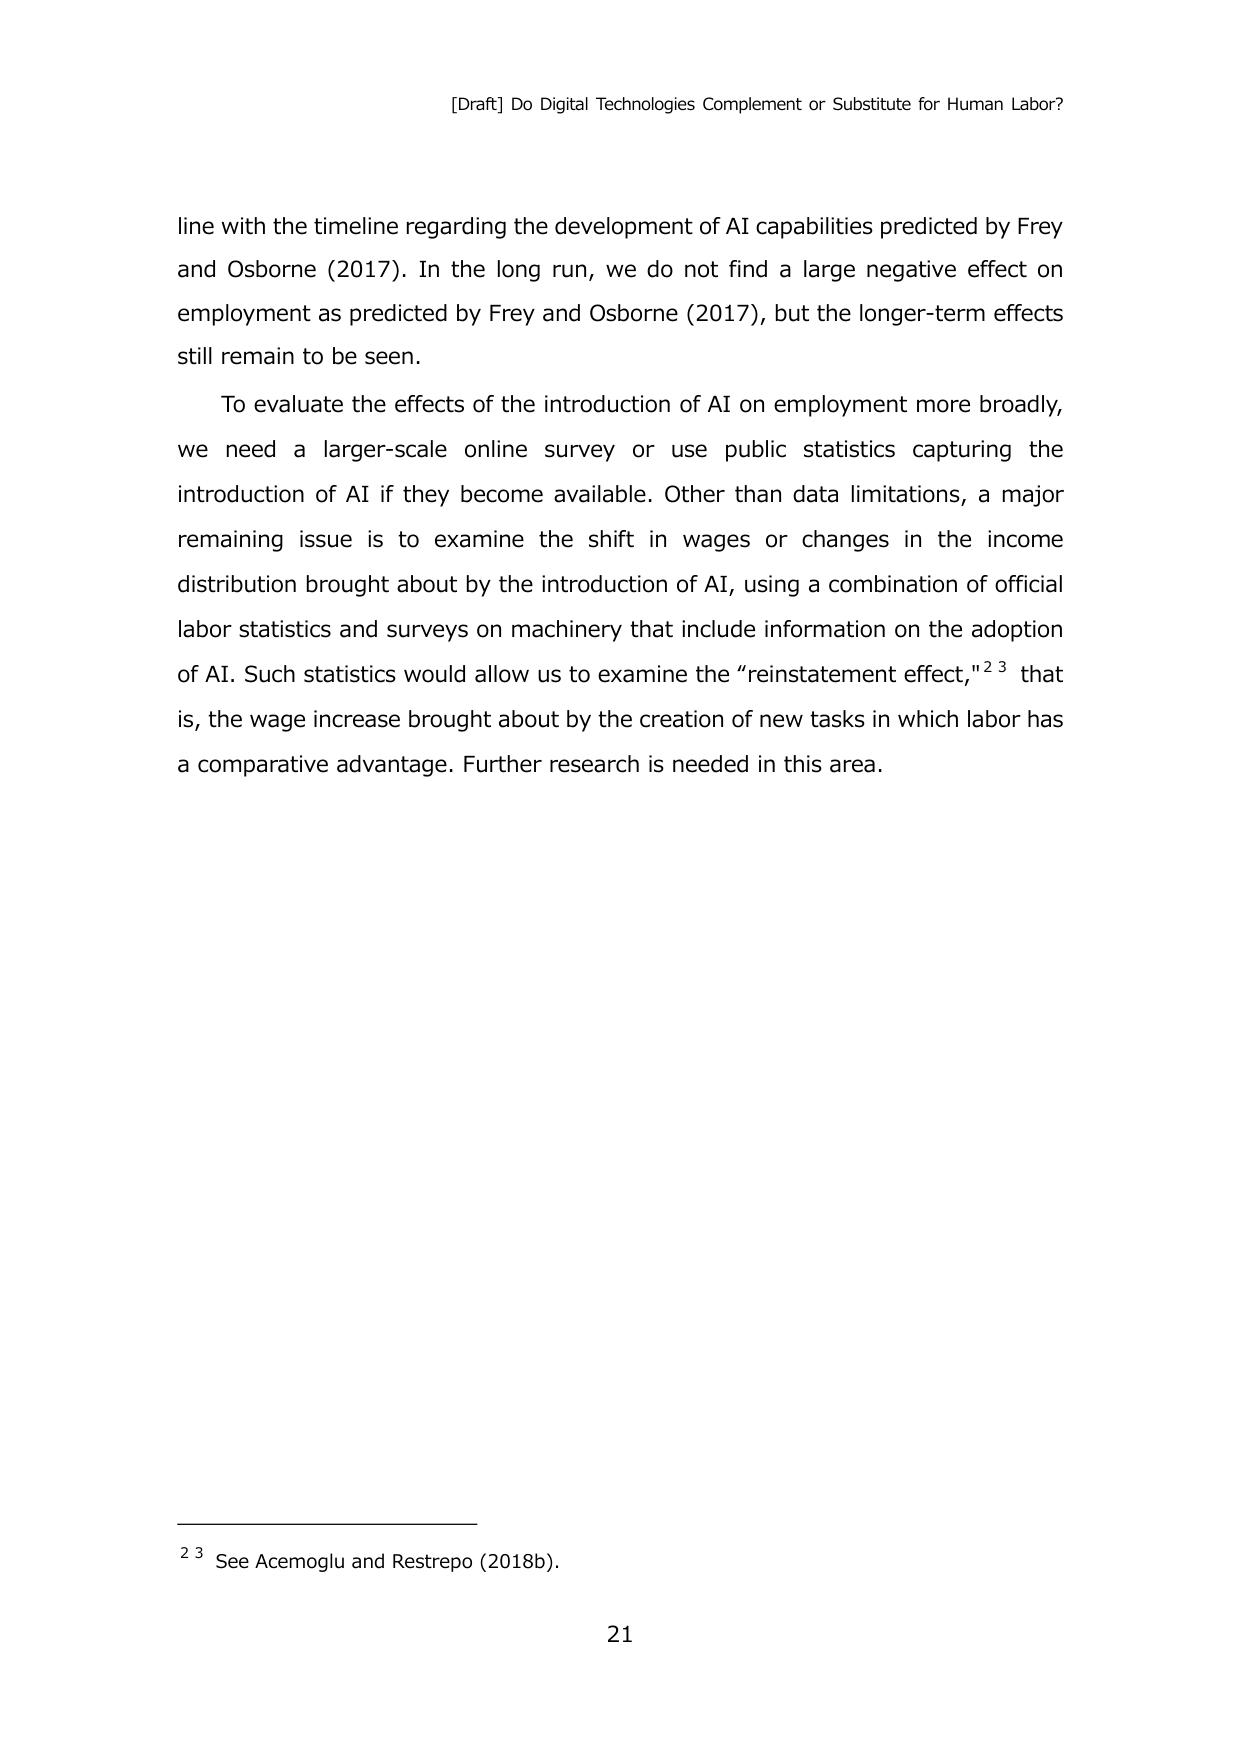
[Draft] Do Digital Technologies Complement or Substitute for Human Labor?

line with the timeline regarding the development of AI capabilities predicted by Frey and Osborne (2017). In the long run, we do not find a large negative effect on employment as predicted by Frey and Osborne (2017), but the longer-term effects still remain to be seen.

To evaluate the effects of the introduction of AI on employment more broadly, we need a larger-scale online survey or use public statistics capturing the introduction of AI if they become available. Other than data limitations, a major remaining issue is to examine the shift in wages or changes in the income distribution brought about by the introduction of AI, using a combination of official labor statistics and surveys on machinery that include information on the adoption of AI. Such statistics would allow us to examine the “reinstatement effect,”²³ that is, the wage increase brought about by the creation of new tasks in which labor has a comparative advantage. Further research is needed in this area.

²³ See Acemoglu and Restrepo (2018b).

21